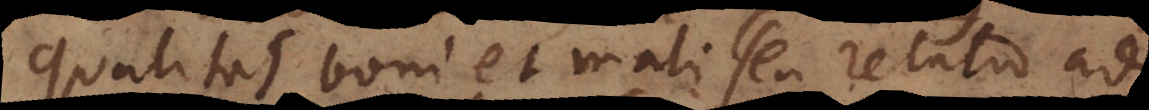
Qualitas boni et mali seu relatio ad